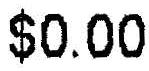
$0.00